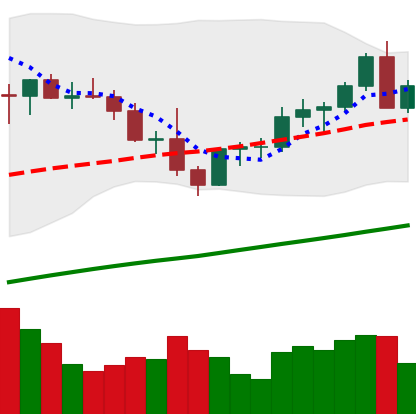
Ticker: LTC-USD
Chart end date: 2021-04-04
Forward return: 8.733%
Label: up_7plus